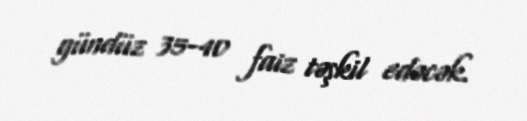
gündüz 35-40 faiz təşkil edəcək.